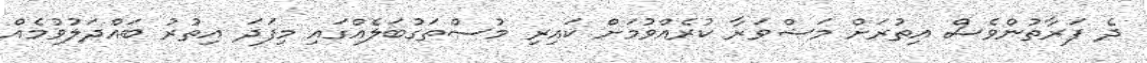
ދެ ފަރާތުންވެސް އިތުރަށް މަޝްވަރާ ކުރެއްވުމަށް ކައިރި މުސްތަގުބަލެއްގައި މިފަދަ އިތުރު ބައްދަލުވުމެއް